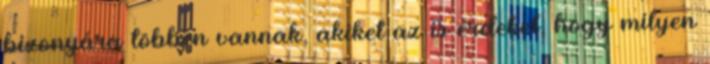
bizonyára többen vannak, akiket az is érdekel, hogy milyen